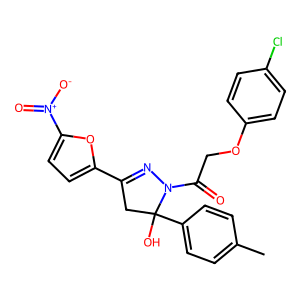
SMILES: Cc1ccc(C2(O)CC(c3ccc([N+](=O)[O-])o3)=NN2C(=O)COc2ccc(Cl)cc2)cc1
Inhibits HIV replication: No